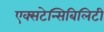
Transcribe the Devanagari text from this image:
एक्सटेन्सिबिलिटी